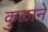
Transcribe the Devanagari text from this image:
कुळाने